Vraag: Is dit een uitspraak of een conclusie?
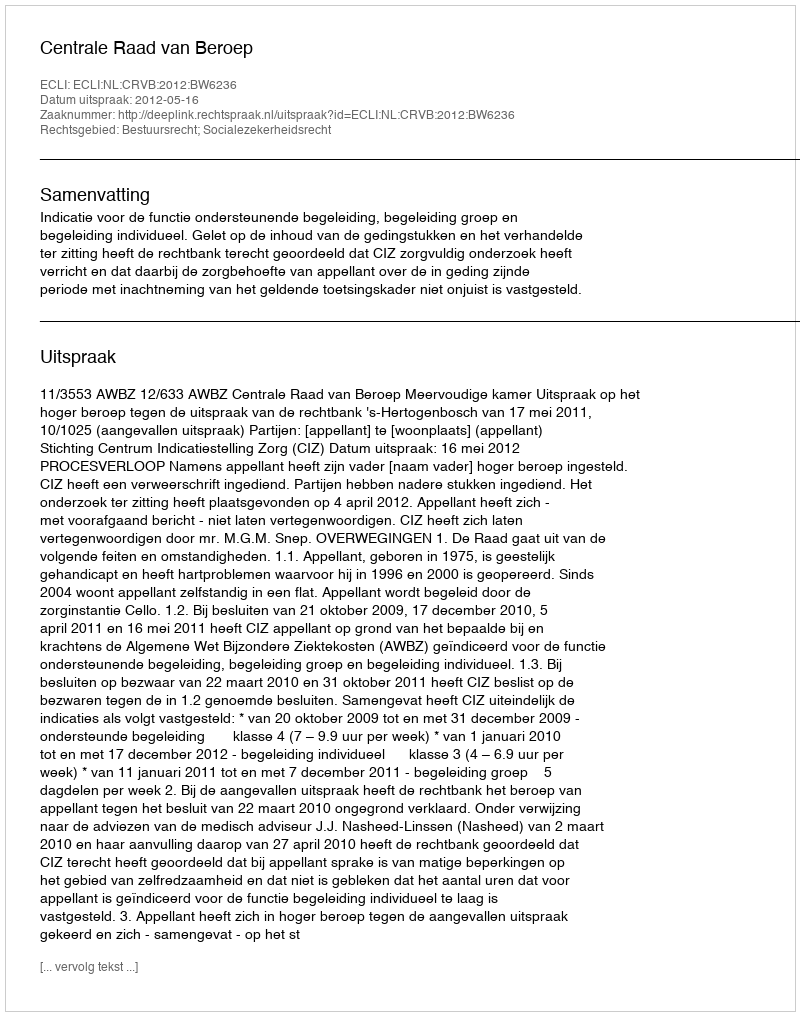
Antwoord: Uitspraak